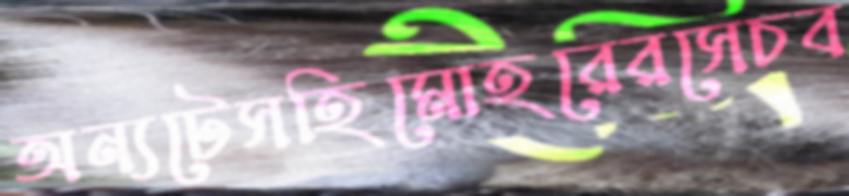
অন্যটেসহিমোহরেরসেচব